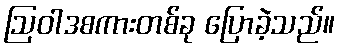
ဩဝါဒစကားတစ်ခု ပြောခဲ့သည်။